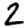
Digit: 2